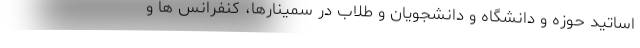
اساتید حوزه و دانشگاه و دانشجویان و طلاب در سمینارها، کنفرانس ها و